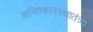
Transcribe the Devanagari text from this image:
आविष्कारस्वातंत्र्य